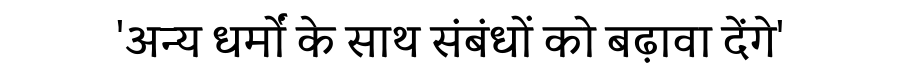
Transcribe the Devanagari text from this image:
'अन्य धर्मों के साथ संबंधों को बढ़ावा देंगे'